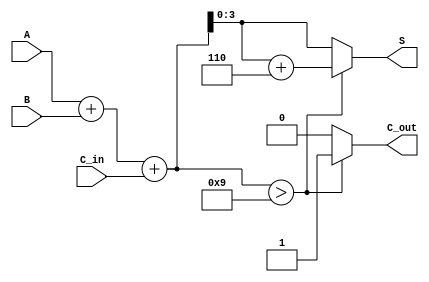
module BCD_Adder(
    input [3:0] A,          // First BCD digit
    input [3:0] B,          // Second BCD digit
    input C_in,             // Carry-in
    output reg [3:0] S,     // BCD Sum Output
    output reg C_out        // Carry-out
);

// Internal wire for binary sum
wire [4:0] binary_sum;

always @(*) begin
    // Perform binary addition
    binary_sum = A + B + C_in;

    // Check if binary_sum exceeds the BCD range
    if (binary_sum > 4'd9) begin
        S = binary_sum + 4'd6; // Apply correction if invalid BCD
        C_out = 1;              // Set carry-out
    end else begin
        S = binary_sum;         // Valid BCD result
        C_out = 0;              // No carry-out
    end
end

endmodule